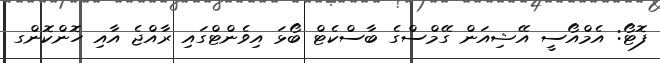
ފޮޓޯ: އެމްއޯސީ އޭޝިއަން ގޭމްސްގެ ބާސްކެޓް ބޯޅަ އިވެންޓްގައި ރާއްޖެ އާއި ހޮންކޮންގ